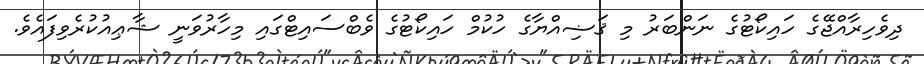
ދިވެހިރާއްޖޭގެ ހައިކޯޓުގެ ނަންބަރު މި ޤަޟިއްޔާގެ ހުކުމް ހައިކޯޓުގެ ވެބްސައިޓްގައި މިހާރުވަނީ ޝާޢިއުކުރެވިފައެވެ.